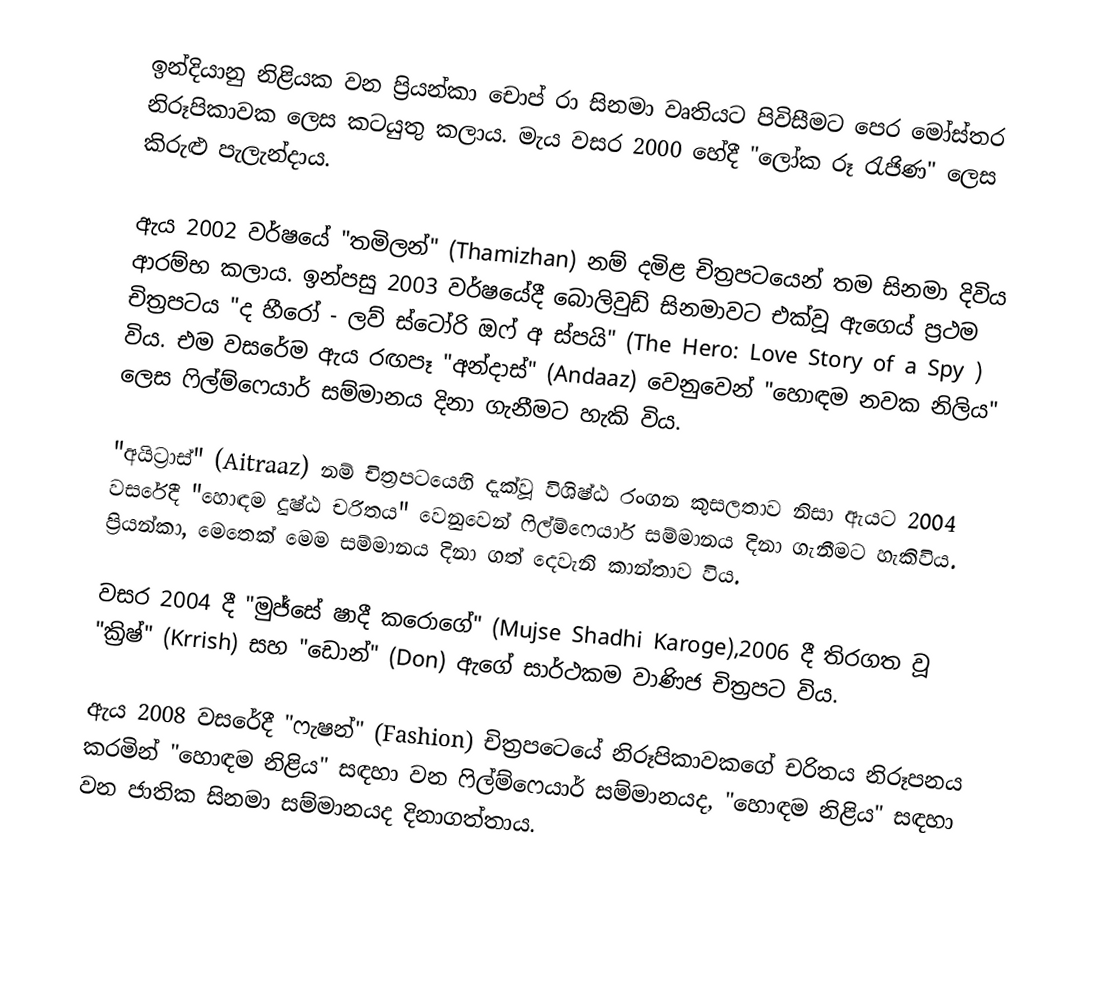
ඉන්දියානු නිළියක වන ප්‍රියන්කා චොප් රා සිනමා වෘතියට පිවිසීමට පෙර මෝස්තර නිරූපිකාවක ලෙස කටයුතු කලාය. මැය වසර 2000 හේදී "ලෝක රූ රැජිණ" ලෙස කිරුළු පැලැන්දාය.

ඇය 2002 වර්ෂයේ "තමිලන්" (Thamizhan) නම් දමිළ චිත්‍රපටයෙන් තම සිනමා දිවිය ආරම්භ කලාය. ඉන්පසු 2003 වර්ෂයේදී බොලිවුඩ් සිනමාවට එක්වූ ඇගෙය් ප්‍රථම චිත්‍රපටය "ද හීරෝ - ලව් ස්ටෝරි ඔෆ් අ ස්පයි" (The Hero: Love Story of a Spy ) විය. එම වසරේම ඇය රඟපෑ "අන්දාස්" (Andaaz) වෙනුවෙන් "හොඳම නවක නිලිය" ලෙස ෆිල්ම්ෆෙයාර් සම්මානය දිනා ගැනීමට හැකි විය.

"අයිට්‍රාස්" (Aitraaz) නම් චිත්‍රපටයෙහි දැක්වූ විශිෂ්ඨ රංගන කුසලතාව නිසා ඇයට 2004 වසරේදී "හොඳම දුෂ්ඨ චරිතය" වෙනුවෙන් ෆිල්ම්ෆෙයාර් සම්මානය දිනා ගැනීමට හැකිවිය. ප්‍රියන්කා, මෙතෙක් මෙම සම්මානය දිනා ගත් දෙවැනි කාන්තාව විය.

වසර 2004 දී "මුජ්සේ ෂාදී කරොගේ" (Mujse Shadhi Karoge),2006 දී තිරගත වූ "ක්‍රිෂ්" (Krrish) සහ "ඩොන්" (Don) ඇගේ සාර්ථකම වාණිජ චිත්‍රපට විය.

ඇය 2008 වසරේදී "ෆැෂන්" (Fashion) චිත්‍රපටෙයේ නිරූපිකාවකගේ චරිතය නිරූපනය කරමින් "හොඳම නිළිය" සඳහා වන ෆිල්ම්ෆෙයාර් සම්මානයද, "හොඳම නිළිය" සඳහා වන ජාතික සිනමා සම්මානයද දිනාගත්තාය.